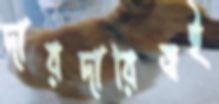
দায়দায়িত্বই